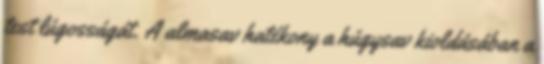
test lúgosságát. A almasav hatékony a húgysav kioldásában a